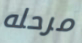
مرحله